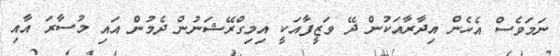
ނަމަވެސް އެހެން އިދާރާއަކުން ދޭ ވަޒީފާއަކީ އިމިގްރޭޝަނުން ދެމުން އައި މުސާރަ އާއި